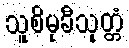
သူစိမုခီသုတ္တံ